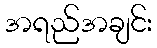
အရည်အချင်း